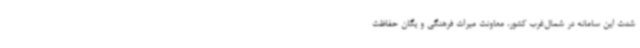
شدت این سامانه در شمال‌غرب کشور، معاونت میراث فرهنگی و یگان حفاظت